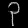
Digit: ၃